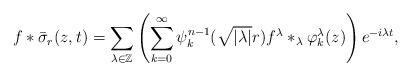
LaTeX: \begin{align*}f\ast\bar{\sigma}_r(z,t)=\sum_{\lambda\in\mathbb{Z}}\left(\sum^\infty_{k=0}\psi^{n-1}_k(\sqrt{|\lambda|}r)f^{\lambda}\ast_{\lambda}\varphi^\lambda_k(z)\right)e^{-i\lambda t},\end{align*}